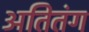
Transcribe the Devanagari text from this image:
अतितंग